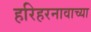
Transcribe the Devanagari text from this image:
हरिहरनावाच्या